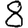
Digit: 8